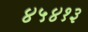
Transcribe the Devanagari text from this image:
४५४१३